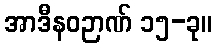
အာဒီနဝဉာဏ် ၁၅-ခု။